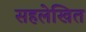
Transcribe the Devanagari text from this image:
सहलेखित